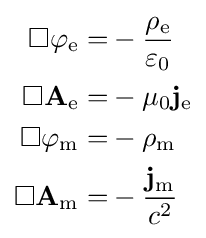
{\begin{aligned}\Box \varphi _{\mathrm {e} }=&-{\frac {\rho _{\mathrm {e} }}{\varepsilon _{0}}}\\\Box \mathbf {A} _{\mathrm {e} }=&-\mu _{0}\mathbf {j} _{\mathrm {e} }\\\Box \varphi _{\mathrm {m} }=&-\rho _{\mathrm {m} }\\\Box \mathbf {A} _{\mathrm {m} }=&-{\frac {\mathbf {j} _{\mathrm {m} }}{c^{2}}}\\\end{aligned}}